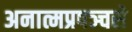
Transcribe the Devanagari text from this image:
अनात्मप्रपञ्चसे